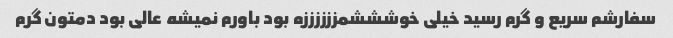
سفارشم سریع و گرم رسید خیلی خوشششمززززززه بود باورم نمیشه عالی بود دمتون گرم